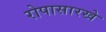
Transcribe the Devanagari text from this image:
रोपासारखे